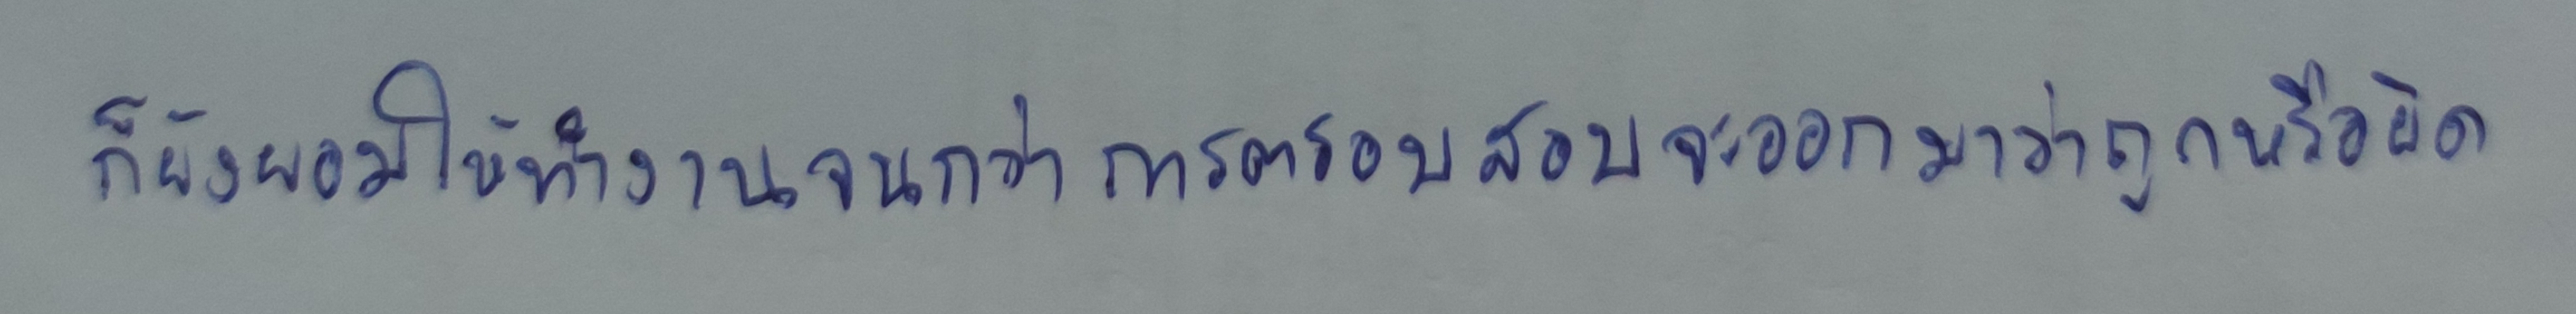
ก็ยังยอมให้ทำงานจนกว่าการตรวจสอบจะออกมาว่าถูกหรือผิด